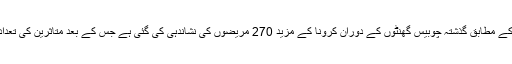
روس میں سرکاری سطح پر جاری کردہ اعدادو شمار کے مطابق گذشتہ چوبیس گھنٹوں کے دوران کرونا کے مزید 270 مریضوں کی نشاندہی کی گئی ہے جس کے بعد متاثرین کی تعداد 1534 ہوگئی ہے جب کہ نو افراد ہلاک ہوچکے ہیں۔